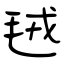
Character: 毧